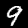
Label: 9